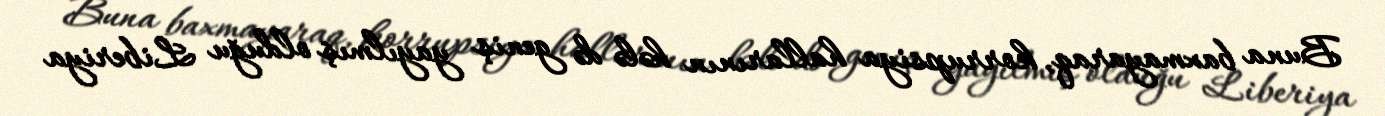
Buna baxmayaraq, korrupsiya hallarının hələ də geniş yayılmış olduğu Liberiya